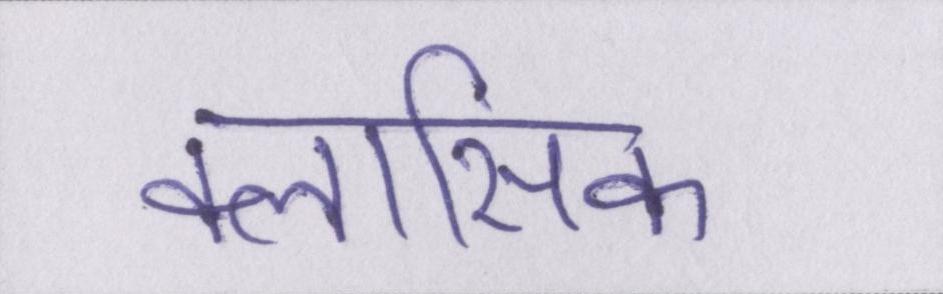
क्लासिक